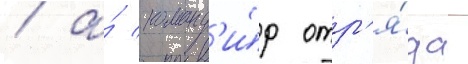
/ а́ команд'и́р отр'я́да